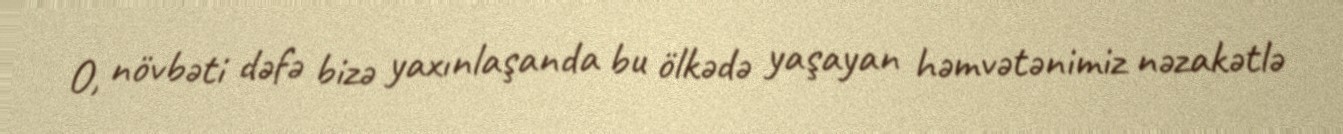
O, növbəti dəfə bizə yaxınlaşanda bu ölkədə yaşayan həmvətənimiz nəzakətlə